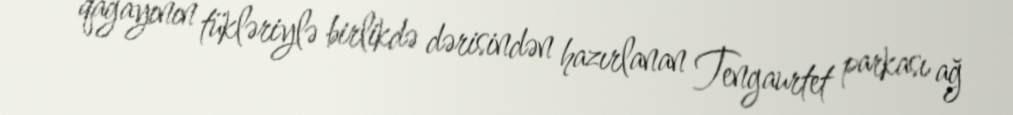
qağayının tükləriylə birlikdə dərisindən hazırlanan Tengaurtet parkası ağ